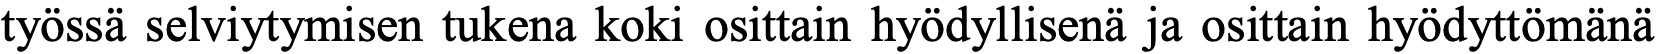
työssä selviytymisen tukena koki osittain hyödyllisenä ja osittain hyödyttömänä